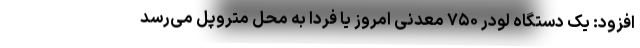
افزود: یک دستگاه لودر ۷۵۰ معدنی امروز یا فردا به محل متروپل می‌رسد